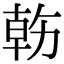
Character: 𠢇